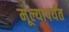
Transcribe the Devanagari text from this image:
मूल्यापर्यंत